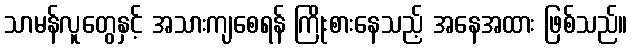
သာမန်လူတွေနှင့် အသားကျစေရန် ကြိုးစားနေသည့် အနေအထား ဖြစ်သည်။